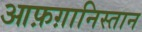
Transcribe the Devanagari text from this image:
आफ़ग़ानिस्तान